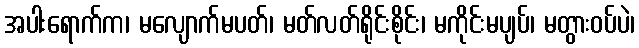
အပါးရောက်က၊ မလျောက်မပတ်၊ မတ်လတ်ရိုင်းစိုင်း၊ မကိုင်းမပျပ်၊ မတွားဝပ်ပဲ၊